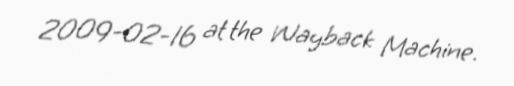
2009-02-16 at the Wayback Machine.